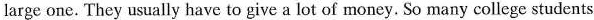
large one. They usually have to give a lot of money. So many college students